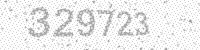
Solution: 329723